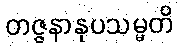
တဇ္ဇနာနုပသမ္မတိ